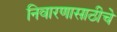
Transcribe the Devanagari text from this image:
निवारणासाठीचे